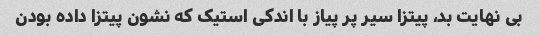
بی نهایت بد، پیتزا سیر پر پیاز با اندکی استیک که نشون پیتزا داده بودن